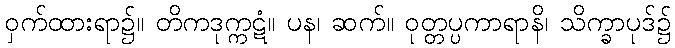
ဝှက်ထားရာ၌။ တိကဒုက္ကဋံ။ ပန၊ ဆက်။ ဝုတ္တပ္ပကာရာနိ၊ သိက္ခာပုဒ်၌